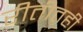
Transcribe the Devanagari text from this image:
रीतीतही